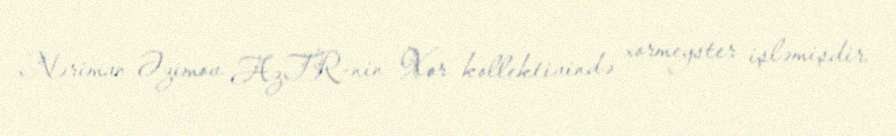
Nəriman Əzimov AzTR-nin Xor kollektivində xormeyster işləmişdir.